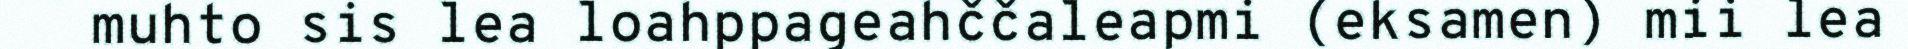
muhto sis lea loahppageahččaleapmi (eksamen) mii lea